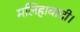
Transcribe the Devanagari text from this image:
मलिहाबादी।